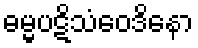
ဓမ္မပဋိသံဝေဒိနော